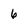
Character: 6